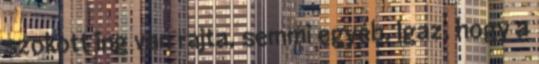
szokott ing van rajta, semmi egyéb. Igaz, hogy a